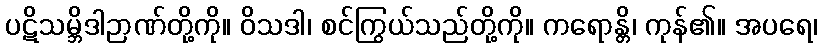
ပဋိသမ္ဘိဒါဉာဏ်တို့ကို။ ဝိသဒါ၊ စင်ကြွယ်သည်တို့ကို။ ကရောန္တိ၊ ကုန်၏။ အပရေ၊